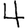
Digit: 4